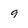
Character: 9